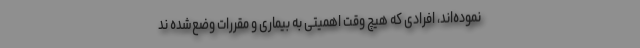
نموده‌اند، افرادی که هیچ وقت اهمیتی به بیماری و مقررات وضع‌شده ند